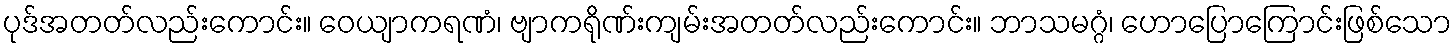
ပုဒ်အတတ်လည်းကောင်း။ ဝေယျာကရဏံ၊ ဗျာကရိုဏ်းကျမ်းအတတ်လည်းကောင်း။ ဘာသမဂ္ဂံ၊ ဟောပြောကြောင်းဖြစ်သော